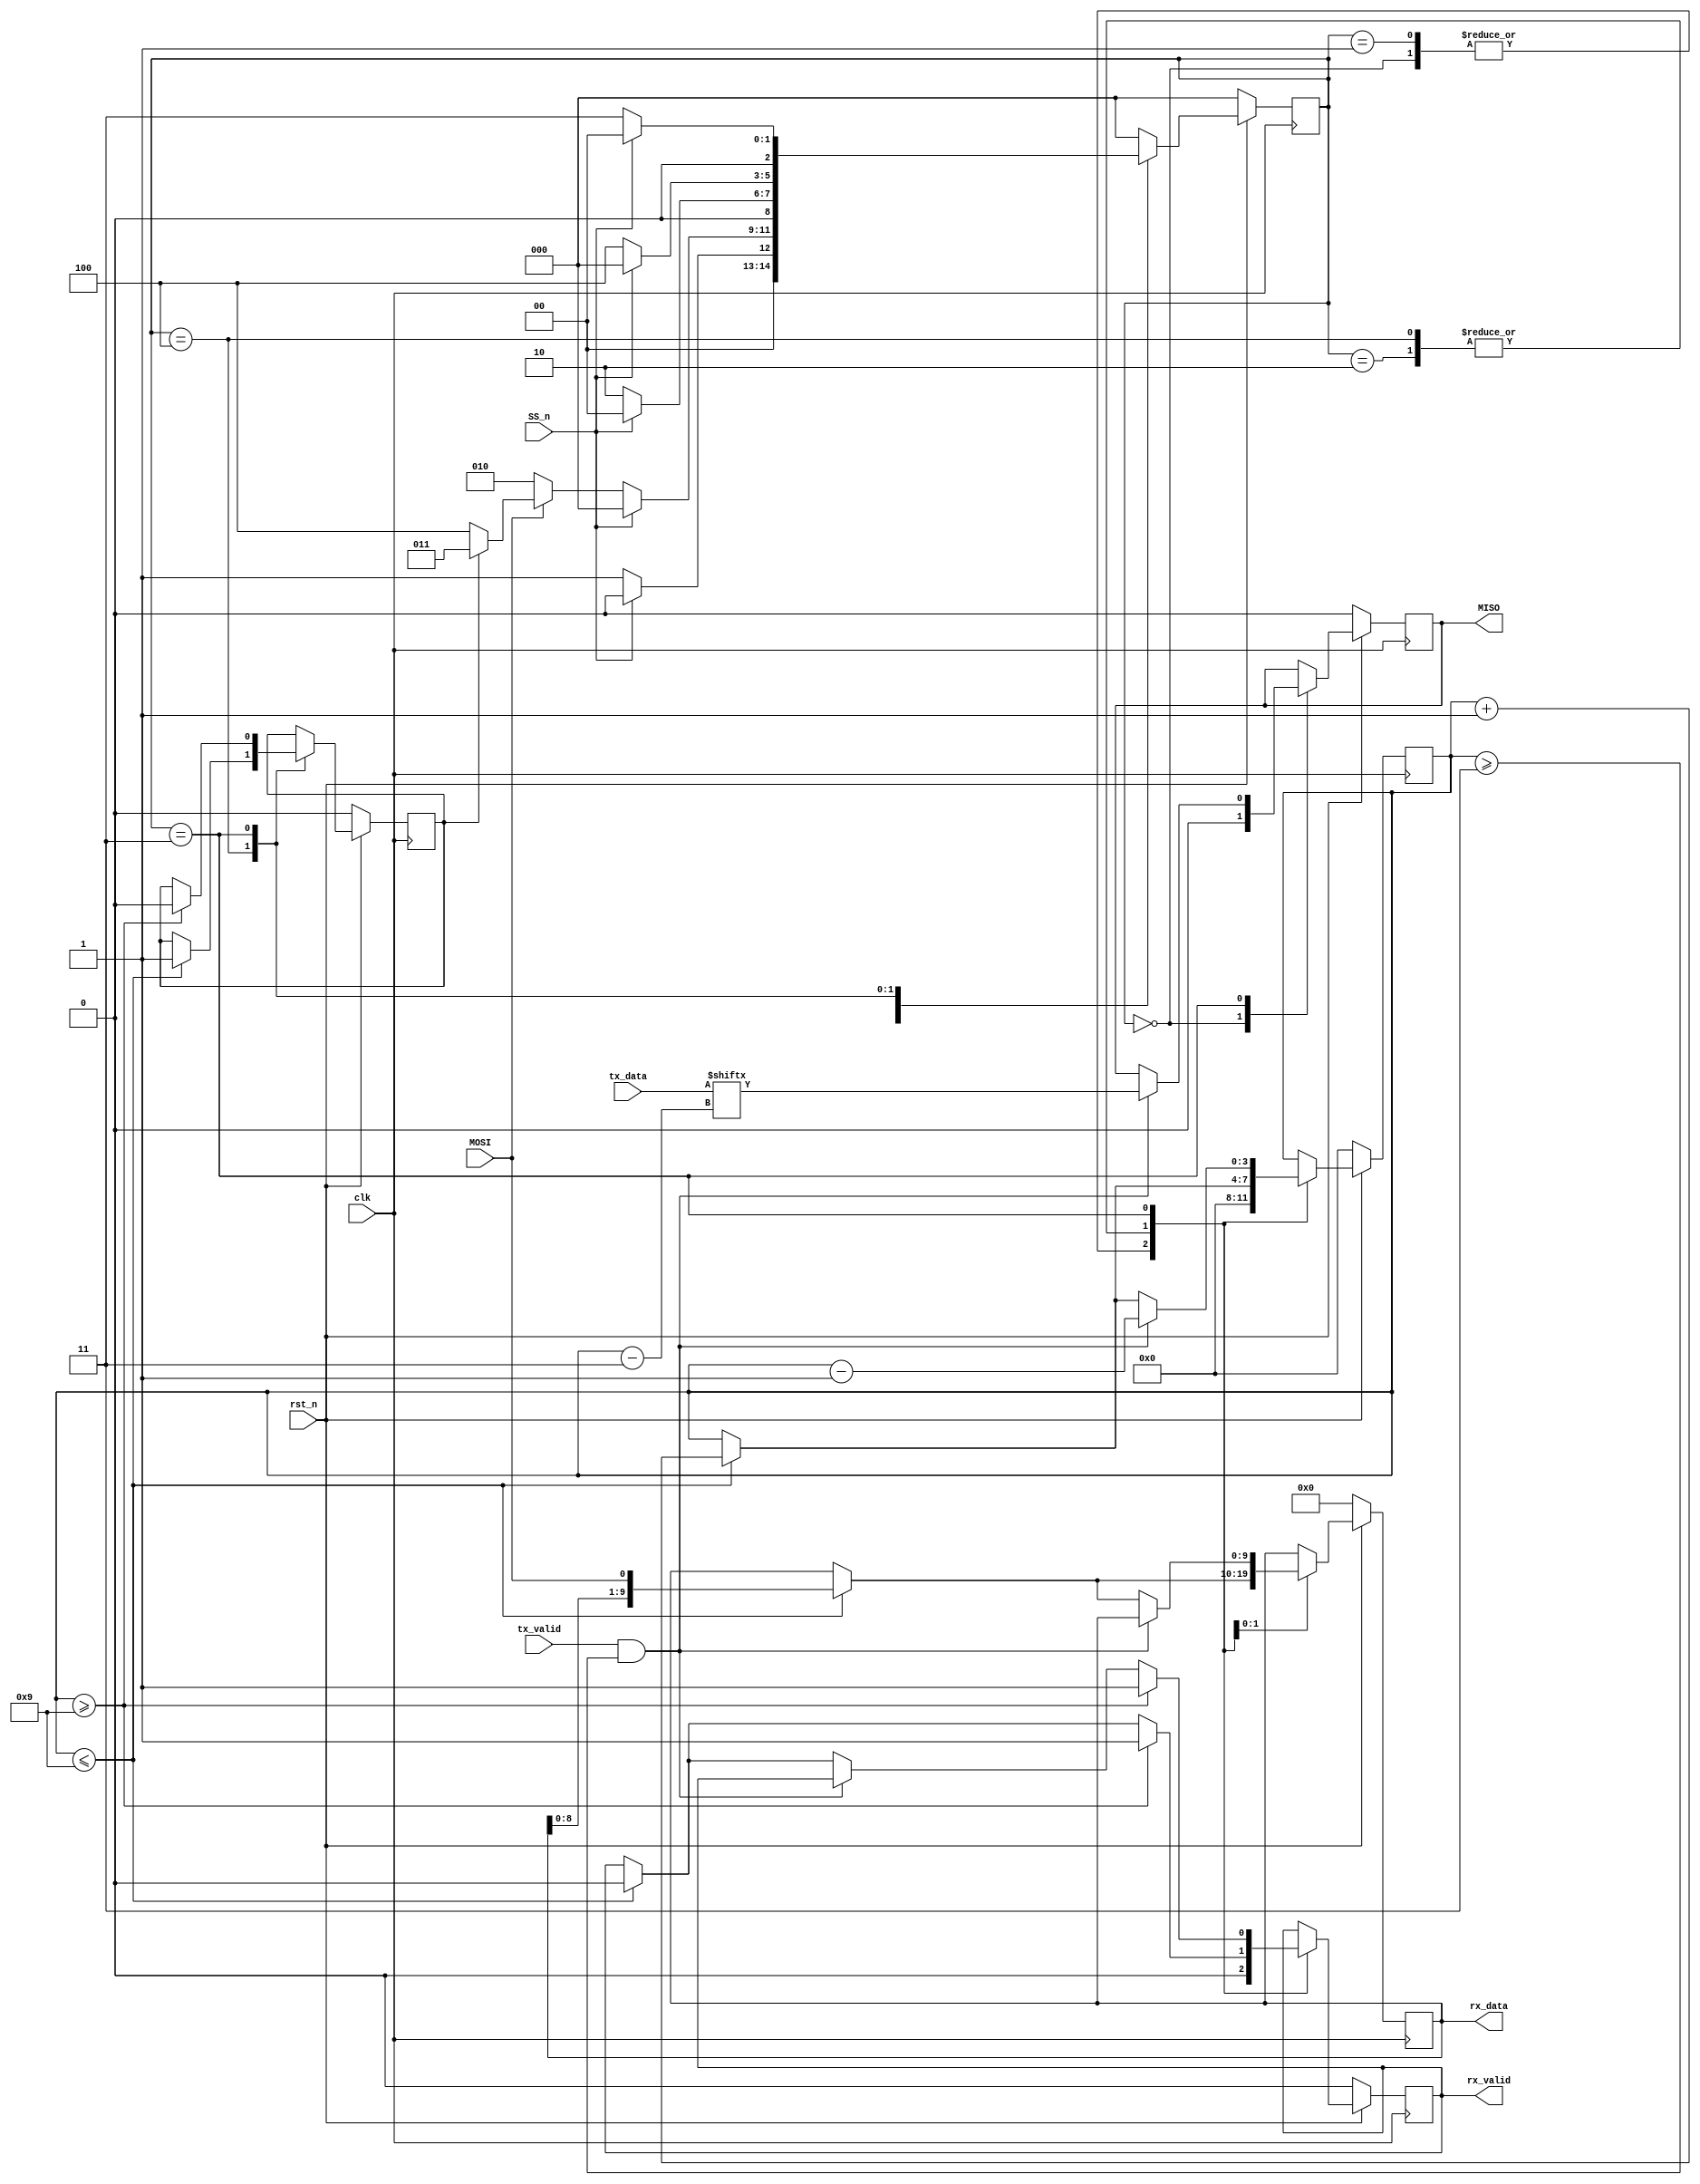
module slave (MOSI,MISO,SS_n,clk,rst_n,tx_data,tx_valid,rx_valid,rx_data);
    
    parameter IDLE = 3'b000 ;
    parameter CHK_CMD = 3'b001 ;
    parameter WRITE = 3'b010 ;
    parameter READ_DATA = 3'b011 ;
    parameter READ_ADD =3'b100; 

    input MOSI;
    input SS_n;
    input clk,rst_n;
    input tx_valid;
    input [7:0] tx_data;

    output reg rx_valid,MISO;
    output reg[9:0] rx_data; 

    (* fsm_encoding = "one_hot" *)
    
    reg [2:0] cs,ns;
    reg rd_addr_recieved;
    reg [3:0] counter;


    //state memory
    always @(posedge clk) begin
        if (!rst_n) begin
            cs<=IDLE;
        end
        else begin
            cs<=ns;
        end
    end



    // next state logic
    always @(*) begin
        case (cs)
            IDLE: begin
                if (!SS_n) begin
                    ns=CHK_CMD;
                end
                else begin
                    ns=IDLE;
                end
            end 
            CHK_CMD: begin
                if (SS_n)
                    ns = IDLE;
                else if (~MOSI)
                    ns = WRITE;
                else if (~rd_addr_recieved) 
                    ns = READ_ADD;
                else
                    ns = READ_DATA;
            end
            WRITE: begin
                if (SS_n)
                    ns = IDLE;
                else
                    ns = WRITE;
            end
            READ_ADD: begin
                if (SS_n)
                    ns = IDLE;
                else
                    ns = READ_ADD;
            end
            READ_DATA: begin
                if (SS_n)
                    ns = IDLE;
                else
                    ns = READ_DATA;
            end
            default: ns = IDLE; 
        endcase
    end

    //output logic
    always @(posedge clk) begin
        if (~rst_n) begin
            rx_data <= 0;
            rx_valid <= 0;
            rd_addr_recieved <= 0;
            MISO <= 0;
            counter <= 0;
        end
        else begin
            case (cs)
                IDLE :
                    begin
                        counter <= 0;
                        rx_valid <= 0;
                        MISO <= 0;
                    end
                CHK_CMD :
                    begin
                        counter <= 0;
                        rx_valid <= 0;
                    end
                WRITE :
                    begin
                        if (counter <= 9) begin //counter <= 9
                            rx_data <= {rx_data[8:0],MOSI};
                            rx_valid <= 0;
                            counter <= counter + 1;
                        end
                        if (counter >= 9) begin
                            rx_valid <= 1;
                        end
                    end
                READ_ADD :
                    begin
                        if (counter <= 9) begin
                            rx_data <= {rx_data[8:0],MOSI};
                            rx_valid <= 0;
                            rd_addr_recieved <= 1;
                            counter <= counter + 1;
                        end
                        if (counter >= 9)
                            rx_valid <= 1;
                    end
                READ_DATA :
                    begin
                        if(tx_valid && counter >= 3) begin
                            MISO <= tx_data[counter - 3];
                            counter <= counter - 1;
                        end
                        else 
                        if(counter <= 9) begin  
                            rx_data <= {rx_data[8:0],MOSI}; 
                            rx_valid <= 0;
                            counter <= counter + 1;
                        end
                        if(counter >= 9) begin
                            rx_valid <= 1;
                            rd_addr_recieved <= 0;
                        end
                    end
            endcase
        end
    end

endmodule